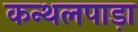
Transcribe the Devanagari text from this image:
कन्थलपाड़ा